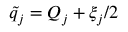
\tilde { q } _ { j } = Q _ { j } + \xi _ { j } / 2